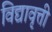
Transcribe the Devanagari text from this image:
विद्यावृत्ती